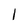
Character: I